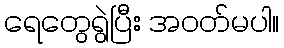
ရေတွေရွဲပြီး အဝတ်မပါ။